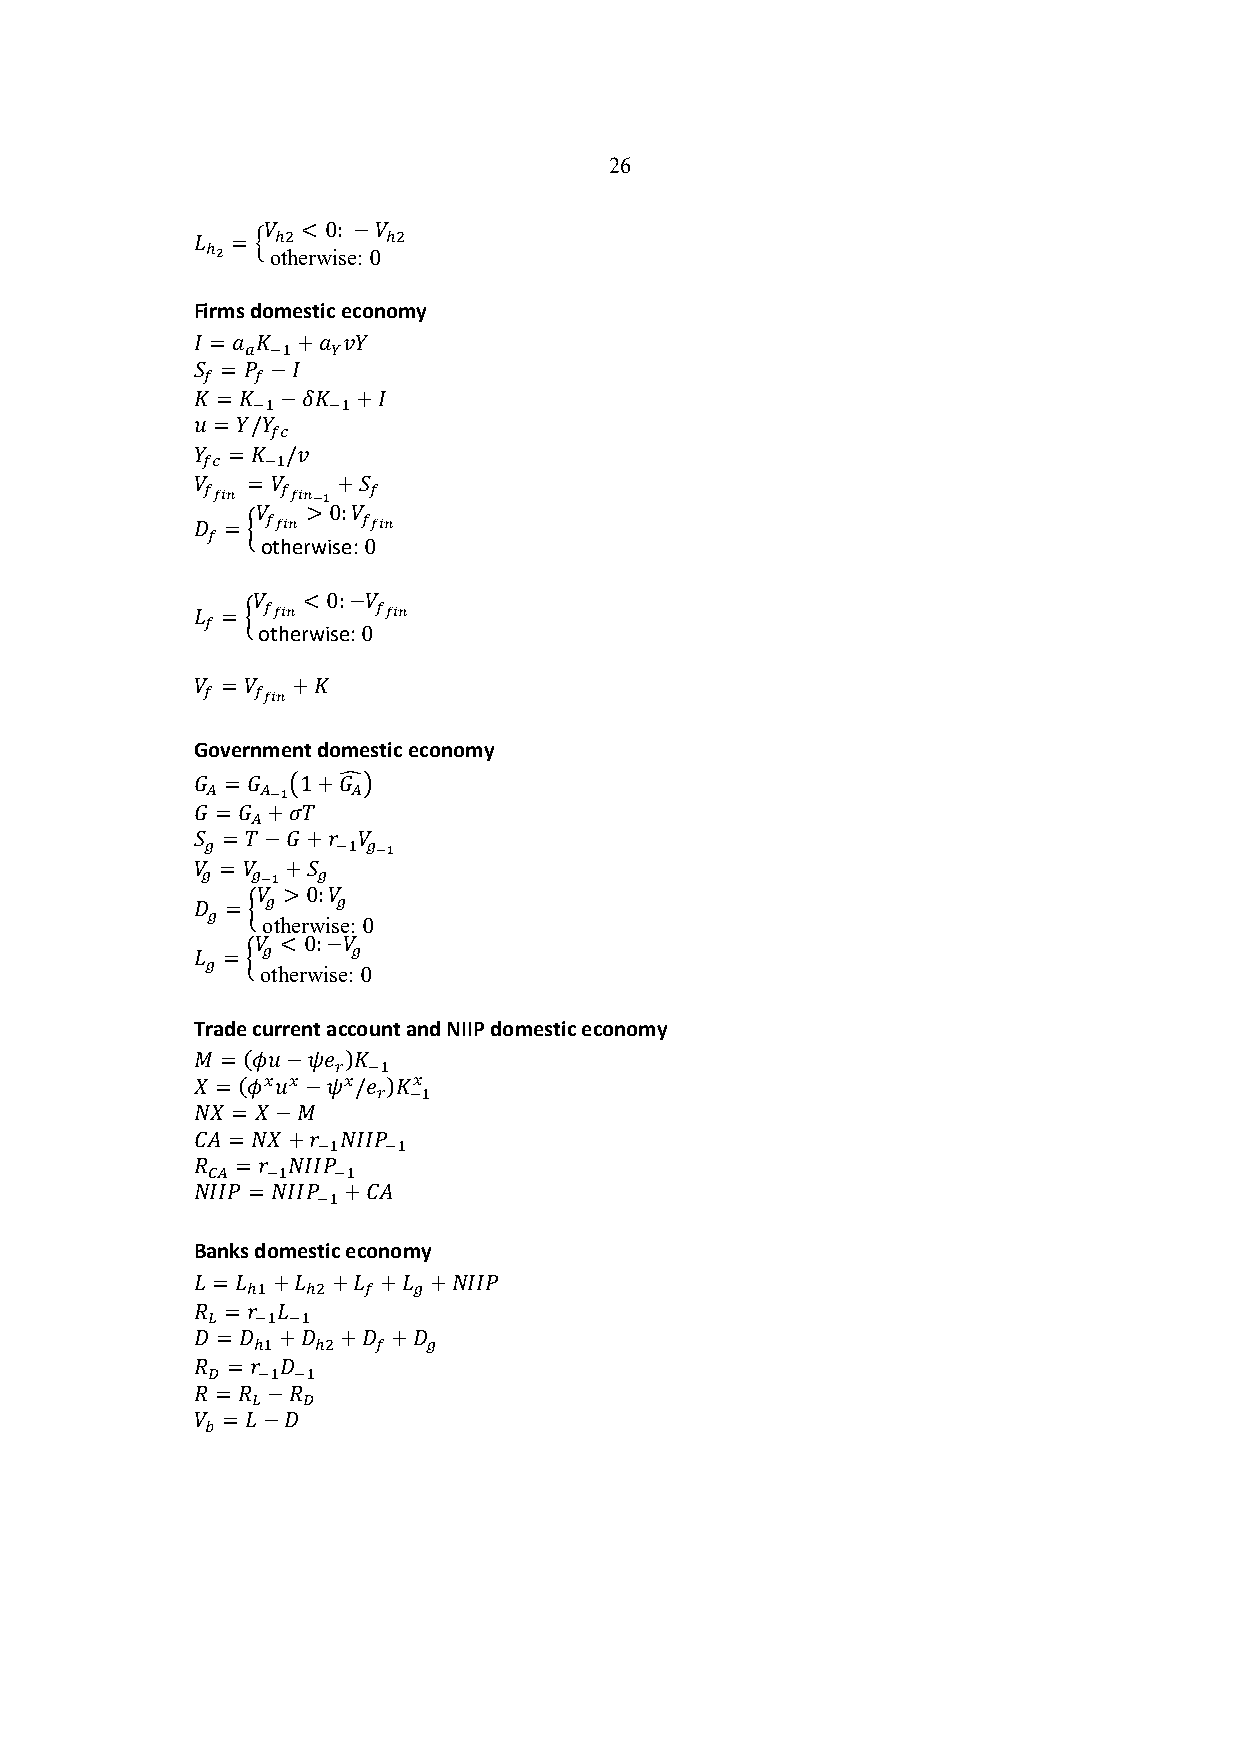
26
 B  < 0: −B
 9 = I !%     !%
 !&  otherwise: 0
 Firms domestic economy
 " = J K +J L$
 - '"  .
 H = # −"
 (   (
 K = K −MK  +"
 '"   '"
 N = $/$
 (0
 $ = K /L
 (0   '"
 B  = B   +H
 (+,-  (+,-(% (
 B  > 0:B
 : =; (+,-  (+,-
 (
 otherwise: 0
 B  < 0:−B
 9 =; (+,-   (+,-
 (
 otherwise: 0
 B = B +K
 (   (+,-
 Government domestic economy
 . = . ?1+.PA
 1  1(%   1
 . = . +)3
 1
 H = 3−.+8  B
 2        '" 2(%
 B = B +H
 2   2(% 2
 B > 0:B
 : = ; 2  2
 2
 otherwise: 0
 B < 0:−B
 9 = ; 2   2
 2
 otherwise: 0
 Trade current account and NIIP domestic economy
 1 = (QN−RS )K
 3 '"
 / = (Q#N# −R#/S )K#
 3 '"
 !/ = /−1
 ,T = !/+8 !""#
 '"   '"
 U  = 8 !""#
 41  '"  '"
 !""# = !""# +,T
 '"
 Banks domestic economy
 9 = 9 +9 +9 +9 +!""#
 !"  !%  (  2
 U = 8 9
 5  '" '"
 : = : +:  +: +:
 !"  !%  (  2
 U = 8 :
 /  '" '"
 U = U −U
 5  /
 B = 9−:
 6